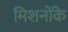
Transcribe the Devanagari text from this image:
मिशनोंके